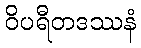
ဝိပရီတဒဿနံ